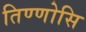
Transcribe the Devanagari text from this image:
तिण्णोसि